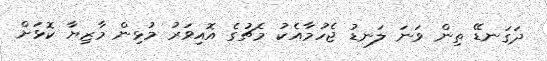
ދަގަނޑޭ ތިން ވަނަ ލަނޑު ޖެހުމާއެކު މެޗުގެ އޮއިވަރު މުޅިން މާޒިޔާ ކޮޅަށް